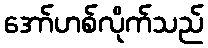
အော်ဟစ်လိုက်သည်